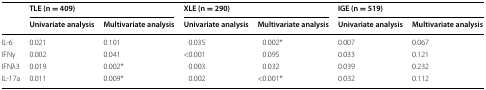
<table><thead><tr><td rowspan="2"></td><td colspan="2"><b>TLE (n = 409)</b></td><td colspan="2"><b>XLE (n = 290)</b></td><td colspan="2"><b>IGE (n = 519)</b></td></tr><tr><td><b>Univariate analysis</b></td><td><b>Multivariate analysis</b></td><td><b>Univariate analysis</b></td><td><b>Multivariate analysis</b></td><td><b>Univariate analysis</b></td><td><b>Multivariate analysis</b></td></tr></thead><tbody><tr><td>IL-6</td><td>0.021</td><td>0.101</td><td>0.035</td><td>0.002*</td><td>0.007</td><td>0.067</td></tr><tr><td>IFNγ</td><td>0.002</td><td>0.041</td><td>&lt;0.001</td><td>0.095</td><td>0.033</td><td>0.121</td></tr><tr><td>IFNλ3</td><td>0.019</td><td>0.002*</td><td>0.003</td><td>0.032</td><td>0.039</td><td>0.232</td></tr><tr><td>IL-17a</td><td>0.011</td><td>0.009*</td><td>0.002</td><td>&lt;0.001*</td><td>0.032</td><td>0.112</td></tr></tbody></table>